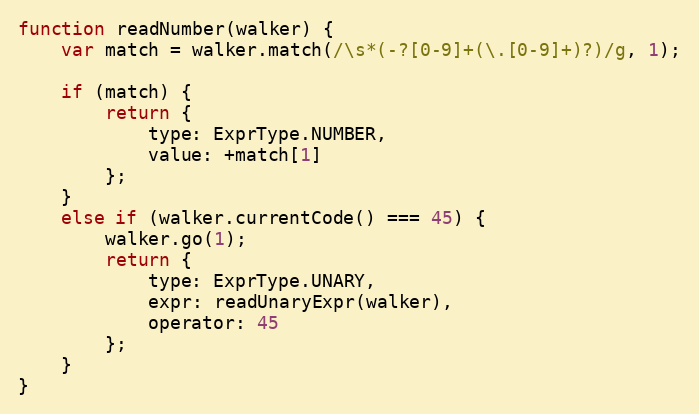
Language: JavaScript
function readNumber(walker) {
    var match = walker.match(/\s*(-?[0-9]+(\.[0-9]+)?)/g, 1);

    if (match) {
        return {
            type: ExprType.NUMBER,
            value: +match[1]
        };
    }
    else if (walker.currentCode() === 45) {
        walker.go(1);
        return {
            type: ExprType.UNARY,
            expr: readUnaryExpr(walker),
            operator: 45
        };
    }
}